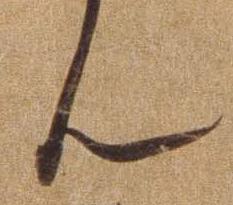
ん